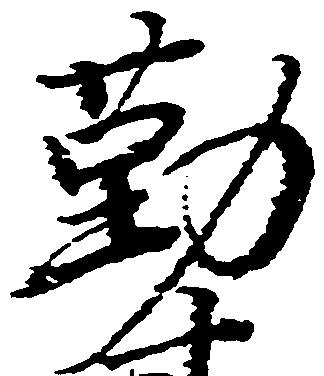
勤